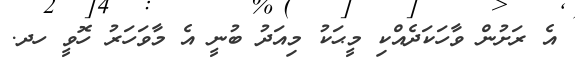
އެ ރަށުން ވާހަކަދެއްކި މީޙަކު މިއަދު ބުނީ އެ މާވަހަރު ހޮވީ ހދ.